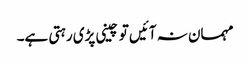
مہمان نہ آئیں تو چینی پڑی رہتی ہے۔